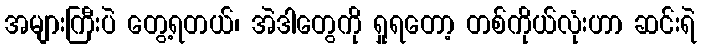
အများကြီးပဲ တွေ့ရတယ်၊ အဲဒါတွေကို ရှုရတော့ တစ်ကိုယ်လုံးဟာ ဆင်းရဲ